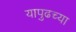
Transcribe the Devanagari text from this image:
यापुढच्या